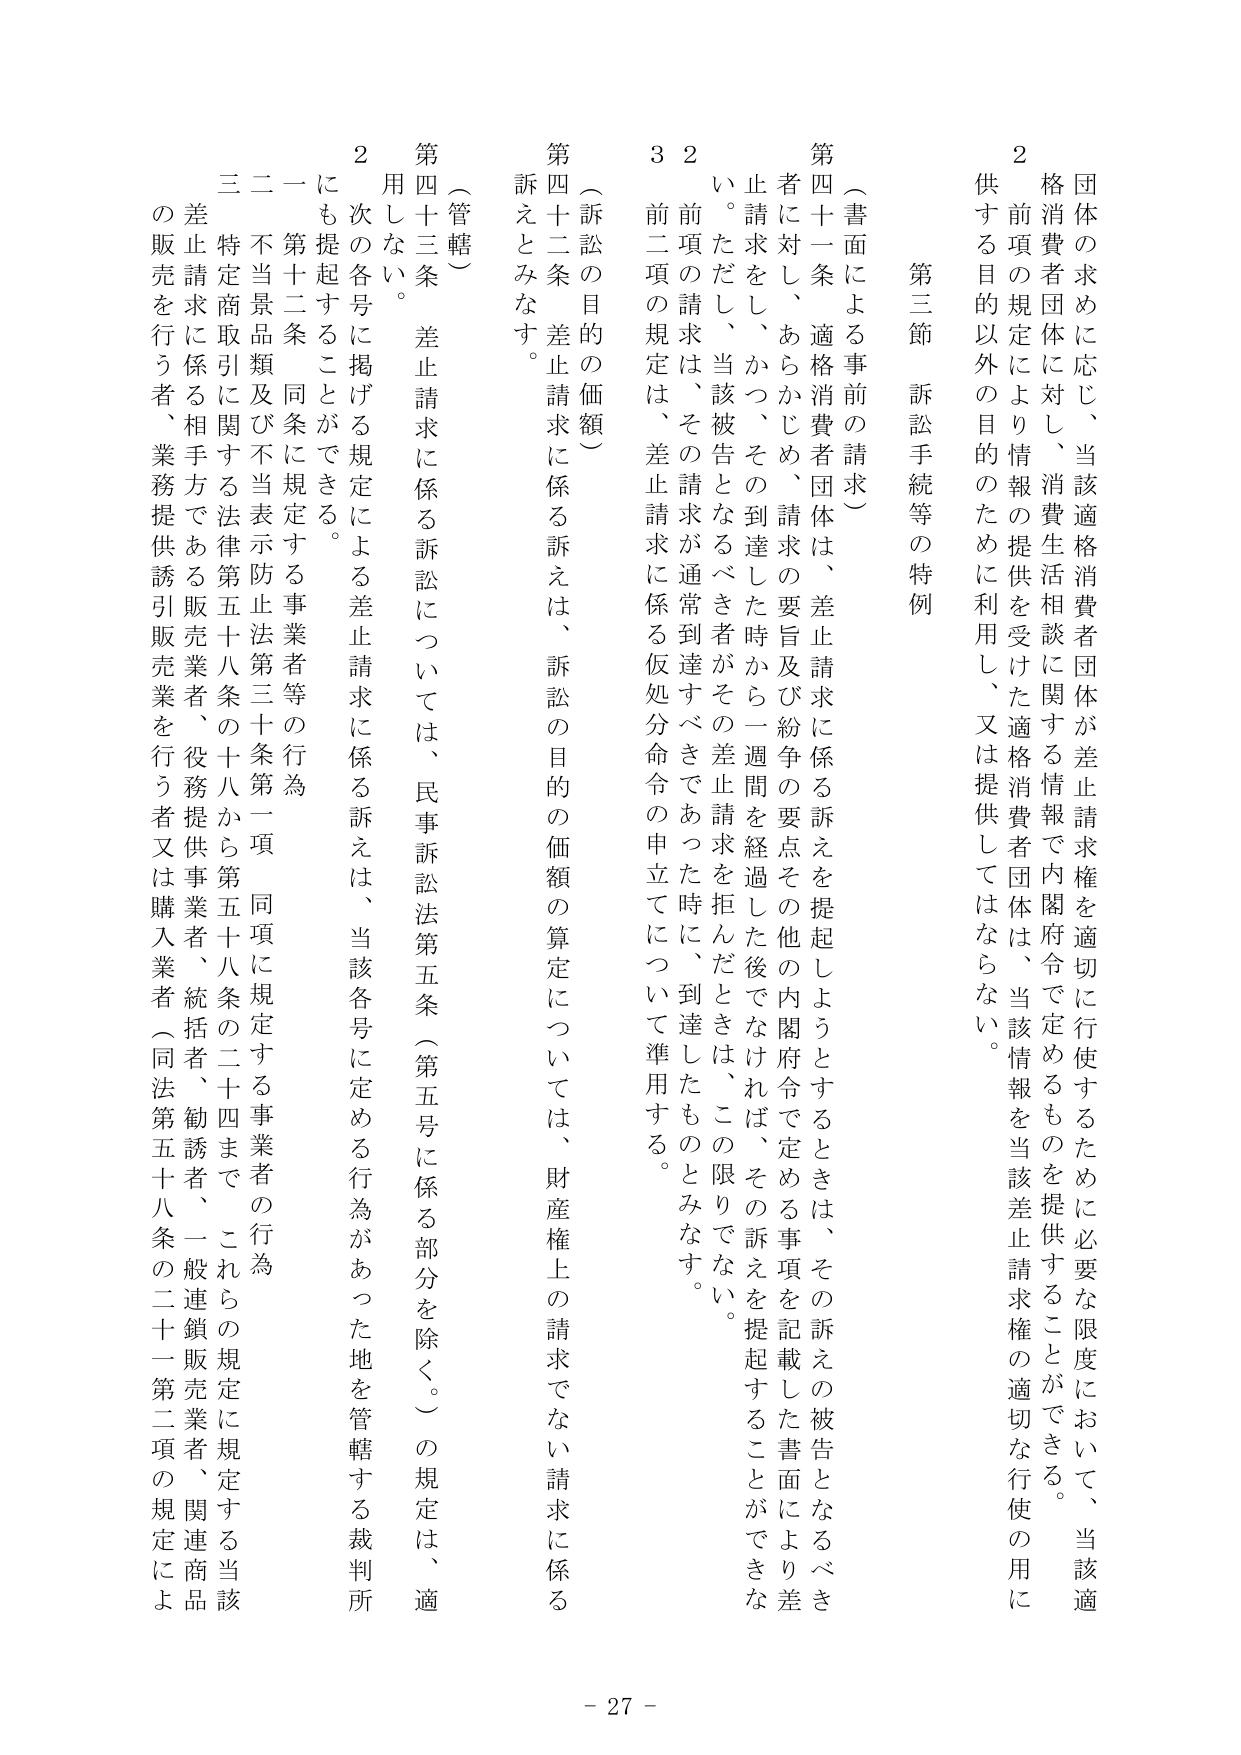
第三節 訴訟手続等の特例

（書面による事前の請求）

第四十一条 適格消費者団体は、差止請求に係る訴えを提起しようとするときは、その訴えの被告となるべき者に対し、あらかじめ、請求の要旨及び紛争の要点その他の内閣府令で定める事項を記載した書面により差止請求をし、かつ、その到達した時から一週間を経過した後でなければ、その訴えを提起することができない。ただし、当該被告となるべき者がその差止請求を拒んだときは、この限りでない。

２ 前項の請求は、その請求が通常到達すべきであった時に、到達したものとみなす。

３ 前二項の規定は、差止請求に係る仮処分命令の申立てについて準用する。

（訴訟の目的の価額）

第四十二条 差止請求に係る訴えは、訴訟の目的の価額の算定については、財産権上の請求でない請求に係る訴えとみなす。

（管轄）

第四十三条 差止請求に係る訴訟については、民事訴訟法第五条（第五号に係る部分を除く。）の規定は、適用しない。

２ 次の各号に掲げる規定による差止請求に係る訴えは、当該各号に定める行為があった地を管轄する裁判所にも提起することができる。

一 第十二条 同条に規定する事業者等の行為

二 不当景品類及び不当表示防止法第三十条第一項 同項に規定する事業者の行為

三 特定商取引に関する法律第五十八条の十八から第五十八条の二十四まで これらの規定に規定する当該差止請求に係る相手方である販売業者、役務提供事業者、統括者、勧誘者、一般連鎖販売業者、関連商品の販売を行う者、業務提供誘引販売業を行う者又は購入業者（同法第五十八条の二十一第二項の規定によ

団体の求めに応じ、当該適格消費者団体が差止請求権を適切に行使するために必要な限度において、当該適格消費者団体に対し、消費生活相談に関する情報で内閣府令で定めるものを提供することができる。

２ 前項の規定により情報の提供を受けた適格消費者団体は、当該情報を当該差止請求権の適切な行使の用に供する目的以外の目的のために利用し、又は提供してはならない。

- 27 -